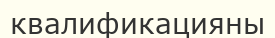
квалификацияны